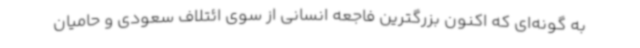
به گونه‌ای که اکنون بزرگترین فاجعه انسانی از سوی ائتلاف سعودی و حامیان